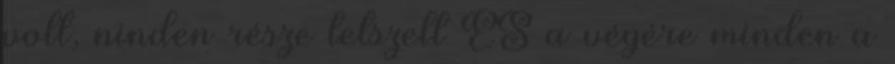
volt, ninden része tetszett ES a végére minden a